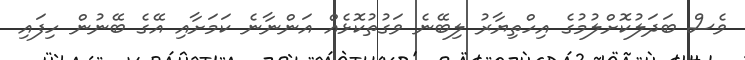
ވެސް ބަދަލުކޮށްލުމުގެ އިހްތިޔާރު ލިބޭނެ ވަގުތުކޮޅެއް އަންނާނެ ކަމަށާއި އޭގެ ބޭނުން ހިފައި